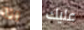
انا عليك